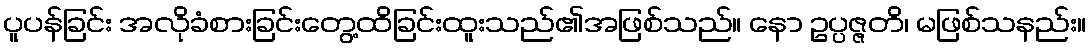
ပူပန်ခြင်း အလိုခံစားခြင်းတွေ့ထိခြင်းထူးသည်၏အဖြစ်သည်။ နော ဥပ္ပဇ္ဇတိ၊ မဖြစ်သနည်း။